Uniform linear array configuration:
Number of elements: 64
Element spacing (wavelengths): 0.5
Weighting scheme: uniform
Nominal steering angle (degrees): -30
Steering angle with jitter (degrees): -30.837
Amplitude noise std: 0.05
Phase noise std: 0.05

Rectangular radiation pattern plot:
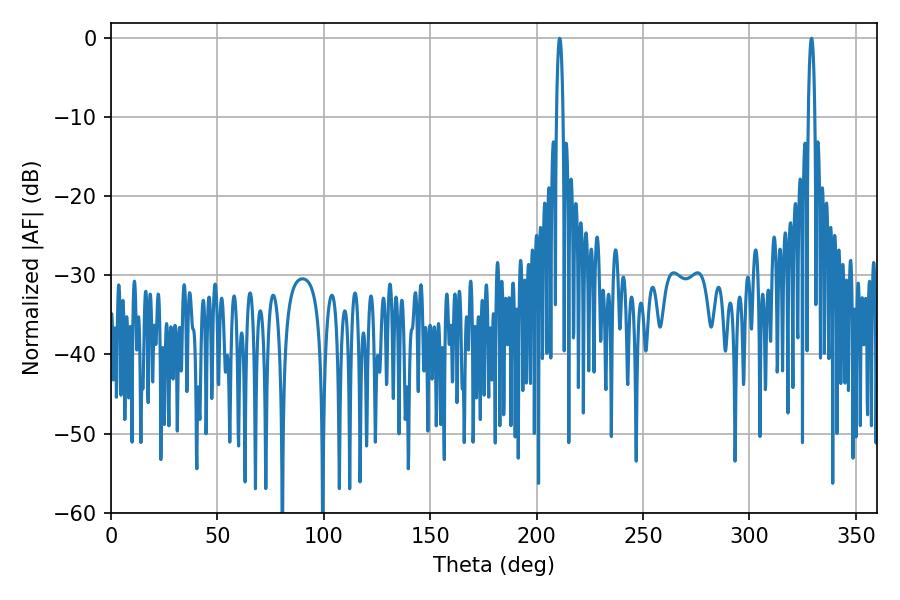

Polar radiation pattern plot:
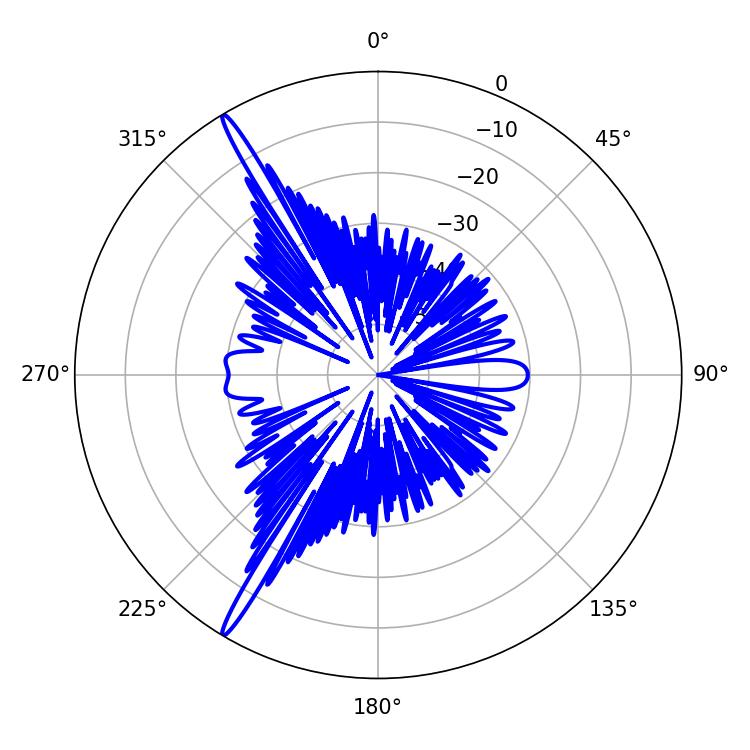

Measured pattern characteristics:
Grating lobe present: FALSE
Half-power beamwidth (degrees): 1.62
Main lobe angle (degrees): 210.78